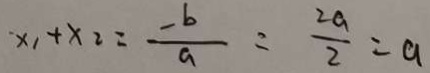
x _ { 1 } + x _ { 2 } = \frac { - b } { a } = \frac { 2 a } { 2 } = a